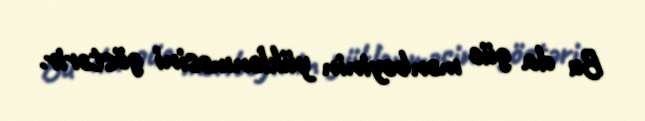
Bu da güc mənbəyinin yüklənməsini göstərir.